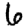
Digit: 6